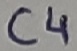
Text: C4